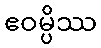
ဧဝမ္ပိဿ